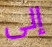
إلى